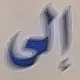
إلى